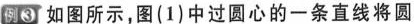
例③如图所示，图(1)中过圆心的一条直线将圆分成